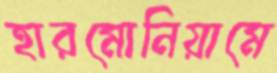
হারমোনিয়ামে